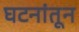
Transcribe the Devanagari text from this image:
घटनांतून